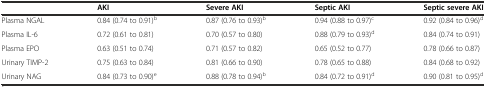
<table><thead><tr><td></td><td><b>AKI</b></td><td><b>Severe AKI</b></td><td><b>Septic AKI</b></td><td><b>Septic severe AKI</b></td></tr></thead><tbody><tr><td>Plasma NGAL</td><td>0.84 (0.74 to 0.91)<sup>b</sup></td><td>0.87 (0.76 to 0.93)<sup>b</sup></td><td>0.94 (0.88 to 0.97)<sup>c</sup></td><td>0.92 (0.84 to 0.96)<sup>d</sup></td></tr><tr><td>Plasma IL-6</td><td>0.72 (0.61 to 0.81)</td><td>0.70 (0.57 to 0.80)</td><td>0.88 (0.79 to 0.93)<sup>d</sup></td><td>0.84 (0.74 to 0.91)</td></tr><tr><td>Plasma EPO</td><td>0.63 (0.51 to 0.74)</td><td>0.71 (0.57 to 0.82)</td><td>0.65 (0.52 to 0.77)</td><td>0.78 (0.66 to 0.87)</td></tr><tr><td>Urinary TIMP-2</td><td>0.75 (0.63 to 0.84)</td><td>0.81 (0.66 to 0.90)</td><td>0.78 (0.65 to 0.88)</td><td>0.84 (0.68 to 0.92)</td></tr><tr><td>Urinary NAG</td><td>0.84 (0.73 to 0.90)<sup>e</sup></td><td>0.88 (0.78 to 0.94)<sup>b</sup></td><td>0.84 (0.72 to 0.91)<sup>d</sup></td><td>0.90 (0.81 to 0.95)<sup>d</sup></td></tr></tbody></table>